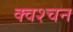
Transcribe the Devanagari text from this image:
क्वश्चन